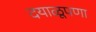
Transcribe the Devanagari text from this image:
दयाळूपणा